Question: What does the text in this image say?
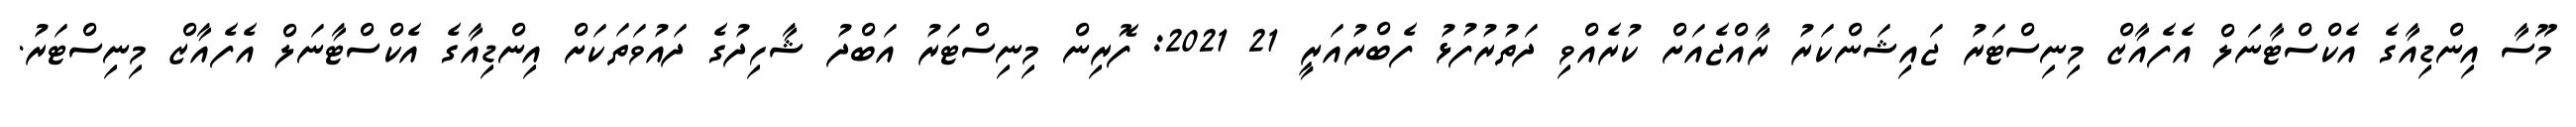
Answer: މޫސާ އިންޑިއާގެ އެކްސްޓާނަލް އެފެއާޒް މިނިސްޓަރު ޖައިޝަންކަރު ރާއްޖެއަށް ކުރެއްވި ދަތުރުފުޅު ފެބްރުއަރީ 21 2021: ފޮރިން މިނިސްޓަރު އަބްދު ޝާހިދުގެ ދައުވަތަކަށް އިންޑިއާގެ އެކްސްޓާނަލް އެފެއާޒް މިނިސްޓަރު.